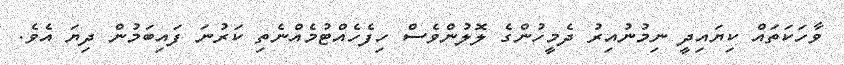
ވާހަކަތައް ކިޔައިދީ ނިމުނުއިރު ދެމީހުންގެ ލޮލުންވެސް ހިފެހެއްޓުމެއްނެތި ކަރުނަ ފައިބަމުން ދިޔަ އެވެ.